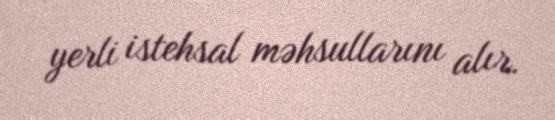
yerli istehsal məhsullarını alır.